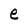
Character: e